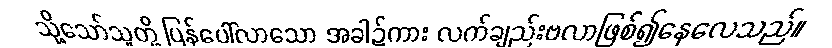
သို့သော်သူတို့ ပြန်ပေါ်လာသော အခါ၌ကား လက်ချည်းဗလာဖြစ်၍နေလေသည်။